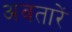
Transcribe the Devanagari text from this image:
अवतारें